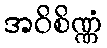
အဝိစိဏ္ဏံ